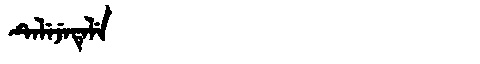
Manchu: ᡨᡝᠯᡝᠵᡝᡨᡝᠯᡝ
Romanization: TELEJETELE